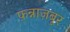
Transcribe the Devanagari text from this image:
फ़न्नाज़बूर